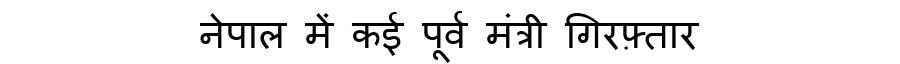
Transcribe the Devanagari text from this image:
नेपाल में कई पूर्व मंत्री गिरफ़्तार